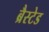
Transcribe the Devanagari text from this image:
ब्रैस्टेड